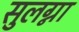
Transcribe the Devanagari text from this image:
सुलग्ना